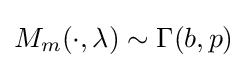
M_{m}(\cdot ,\mathbf {\lambda } )\sim \Gamma (b,p)